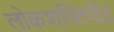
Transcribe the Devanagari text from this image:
लोकशक्तिपीठ